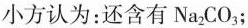
小方认为：还含有Na_{2}CO_{3}；